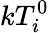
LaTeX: kT_{i}^{0}